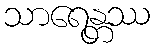
သာရေန္တဿ